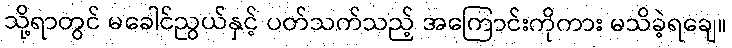
သို့ရာတွင် မခေါင်ညွယ်နှင့် ပတ်သက်သည့် အကြောင်းကိုကား မသိခဲ့ရချေ။